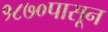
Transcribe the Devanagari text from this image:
१८७०पासून